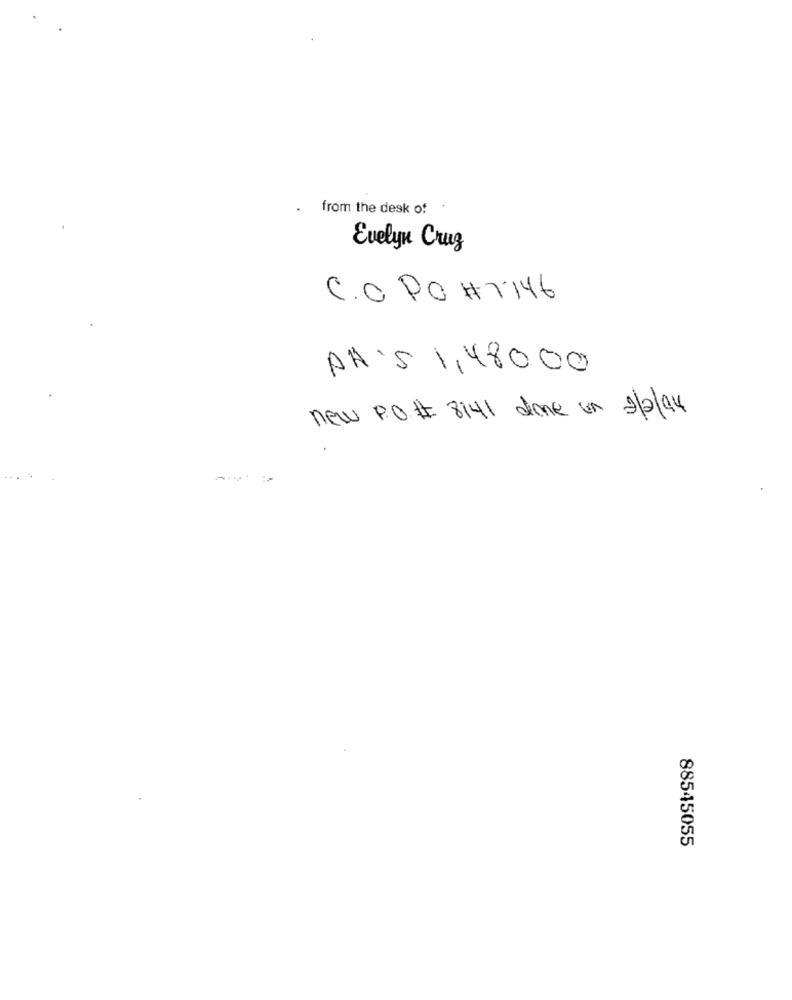
.
from the desk of
Evelyn Crug
C.O. PO # 7146
AH'S 1,48000
new P.O# 8141 done on aplay
88545055